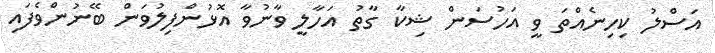
އަސްލު ކިހިނެއްތަ ވީ އަހުސަން ޝިކާ ގާތު އަހާލީ ވާނުވާ އޮޅުންފިލުވަން ބޭނުންވެފައި